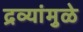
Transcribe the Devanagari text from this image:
द्रव्यांमुळे